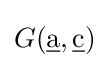
G({\underline {\mathrm {a} }},{\underline {\mathrm {c} }})